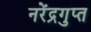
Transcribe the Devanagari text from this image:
नरेंद्रगुप्त